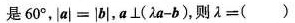
是60°，$$| a | = | b |$$，$$a \bot ( λ a - b )$$，则λ=（）